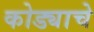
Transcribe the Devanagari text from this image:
कोड्याचे